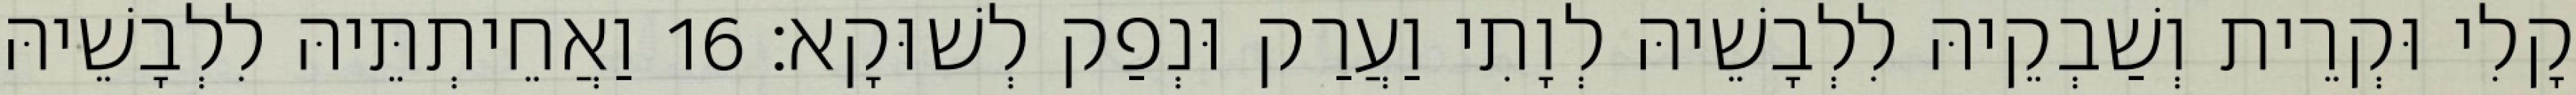
קָלִי וּקְרֵית וְשַׁבְקֵיהּ לִלְבָשֵׁיהּ לְוָתִי וַעֲרַק וּנְפַק לְשׁוּקָא׃ 16 וַאֲחֵיתְתֵּיהּ לִלְבָשֵׁיהּ